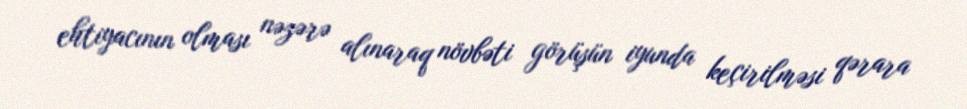
ehtiyacının olması nəzərə alınaraq növbəti görüşün iyunda keçirilməsi qərara